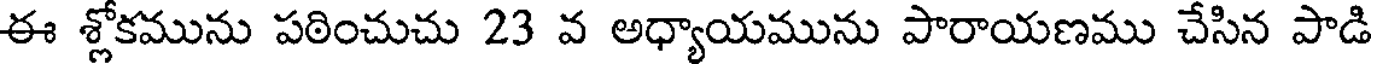
ఈ శ్లోకమును పఠించుచు 23 వ అధ్యాయమును పారాయణము చేసిన పాడి